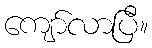
ကျော်လာပြီ။